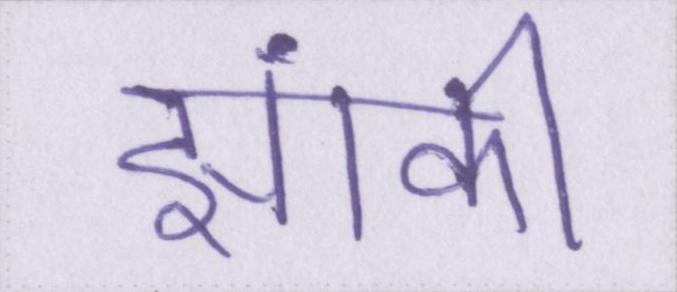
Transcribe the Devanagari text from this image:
झांकी